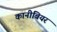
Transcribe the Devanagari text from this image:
कानीबियर